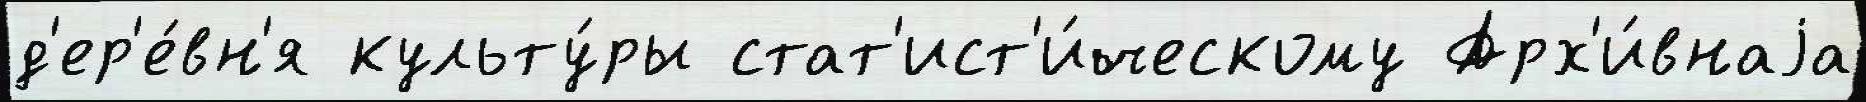
д'ер'е́вн'я культу́ры стат'ист'и́ческому Арх'и́внаjа